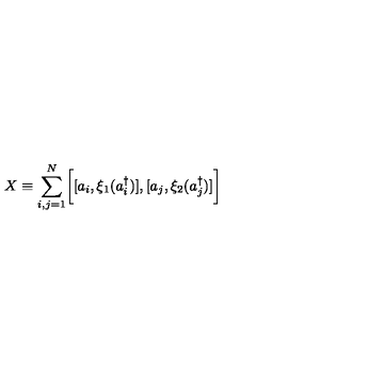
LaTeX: X \equiv \sum _ { i , j = 1 } ^ { N } \biggl [ [ a _ { i } , \xi _ { 1 } ( a _ { i } ^ { \dagger } ) ] , [ a _ { j } , \xi _ { 2 } ( a _ { j } ^ { \dagger } ) ] \biggr ]